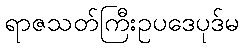
ရာဇသတ်ကြီးဥပဒေပုဒ်မ